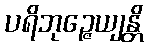
ပရိဘုဉ္ဇေယျန္တိ